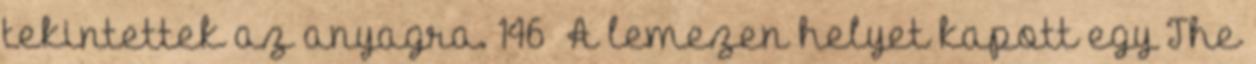
tekintettek az anyagra. 146 A lemezen helyet kapott egy The